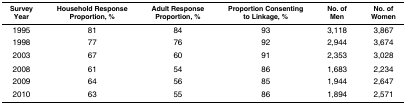
<table><thead><tr><td><b>Survey Year</b></td><td><b>Household Response Proportion, %</b></td><td><b>Adult Response Proportion, %</b></td><td><b>Proportion Consenting to Linkage, %</b></td><td><b>No. of Men</b></td><td><b>No. of Women</b></td></tr></thead><tbody><tr><td>1995</td><td>81</td><td>84</td><td>93</td><td>3,118</td><td>3,867</td></tr><tr><td>1998</td><td>77</td><td>76</td><td>92</td><td>2,944</td><td>3,674</td></tr><tr><td>2003</td><td>67</td><td>60</td><td>91</td><td>2,353</td><td>3,028</td></tr><tr><td>2008</td><td>61</td><td>54</td><td>86</td><td>1,683</td><td>2,234</td></tr><tr><td>2009</td><td>64</td><td>56</td><td>85</td><td>1,944</td><td>2,647</td></tr><tr><td>2010</td><td>63</td><td>55</td><td>86</td><td>1,894</td><td>2,571</td></tr></tbody></table>